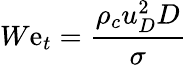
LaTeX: W\mathrm{e}_{t}=\frac{{\rho_{c}u_{D}^{2}D}}{{\sigma}}